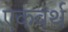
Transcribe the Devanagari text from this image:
एकवर्थ